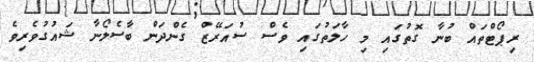
ރިޕޯޓްތައް ބުނާ ގޮތުގައި މި ހާލަތުގައި ވެސް ސުއަރޭޒް ގެންދަން ބާސެލޯނާ ޝައުގުވެރިވެ